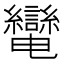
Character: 𦇷